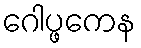
ဂေါပ္ဖကေန